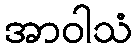
အာဝါသံ